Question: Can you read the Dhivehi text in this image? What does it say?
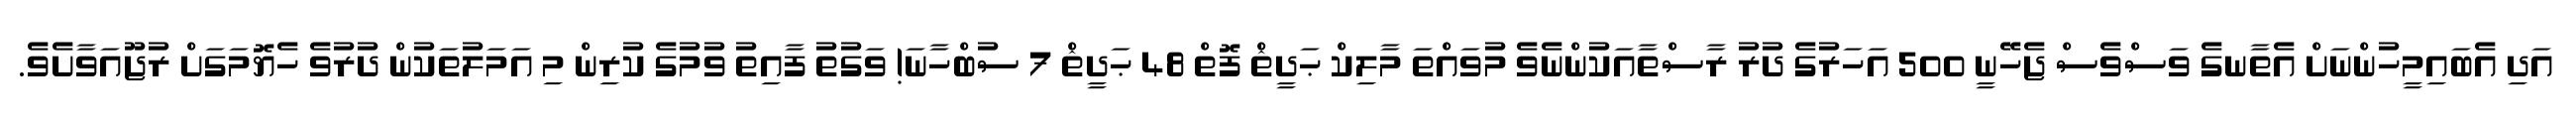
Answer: އަދި އެބައިމީހުންނަށް އެތާނގެ ވަސްވެސް ޖެހޭނީ 500 އަހަރުގެ ދުރު ރާސްތާއަކުންނެވެ މުވައްތަ މާލިކް ޙަދީޘް ފޮތް 48 ޙަދީޘް 7 ސުބްހާނަ! ވަގުތު ފާއިތު ވުމުގެ ކުރިން މި އަމަލުތަކުން ދުރުވެ ހެޔޮމަގަށް ރުޖޫއަވާށެވެ.